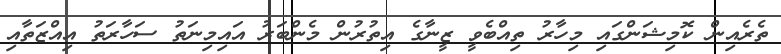
ތެރެއިން ކޮމިޝަންގައި މިހާރު ތިއްބެވީ ޒީނާގެ އިތުރުން މެންބަރު އައިމިނަތު ސަހާރަތު އިއްޒަތާއި